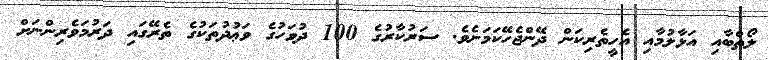
ލޯތްބާއި އަޅާލުމާއި އެހީތެރިކަން ދޭންޖެހޭކަމަށެވެ. ސަރުކާރުގެ 100 ދުވަހުގެ ވަޢުދުތަކުގެ ތެރޭގައި ދަރުމަވެރިންނަށް